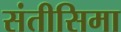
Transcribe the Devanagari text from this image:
संतीसिमा